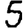
Digit: 5